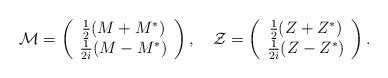
\begin{align*}{\mathcal M} = \left( \begin{array}{c} \frac 12 (M+M^{*}) \\ \frac 1{2i}(M-M^{*})\end{array} \right) , \quad {\mathcal Z} = \left( \begin{array}{c} \frac 12 (Z+Z^{*}) \\ \frac 1{2i}(Z-Z^{*}) \end{array} \right).\end{align*}